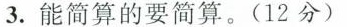
3.能简算的要简算。(12分)